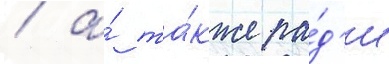
/ а́ та́кже ра́д'и